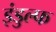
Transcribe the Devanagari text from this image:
इंडुल्फ